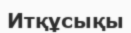
Итқұсықы